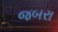
જબરા